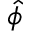
\hat { \phi }